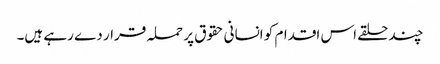
چند حلقے اس اقدام کو انسانی حقوق پر حملہ قرار دے رہے ہیں۔